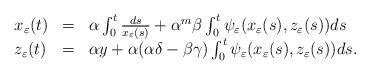
LaTeX: \begin{align*} \begin{array}{lll} x_{\varepsilon}(t) & = & \alpha \int_0^t\frac{ds}{x_{\varepsilon}(s)} + \alpha^m \beta \int_0^t\psi_{\varepsilon}(x_{\varepsilon}(s), z_{\varepsilon}(s))ds \\ z_{\varepsilon}(t) & = & \alpha y + \alpha(\alpha \delta-\beta \gamma) \int_0^t\psi_{\varepsilon}(x_{\varepsilon}(s), z_{\varepsilon}(s))ds . \end{array}\end{align*}